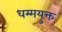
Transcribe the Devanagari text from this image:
धम्मयुक्त